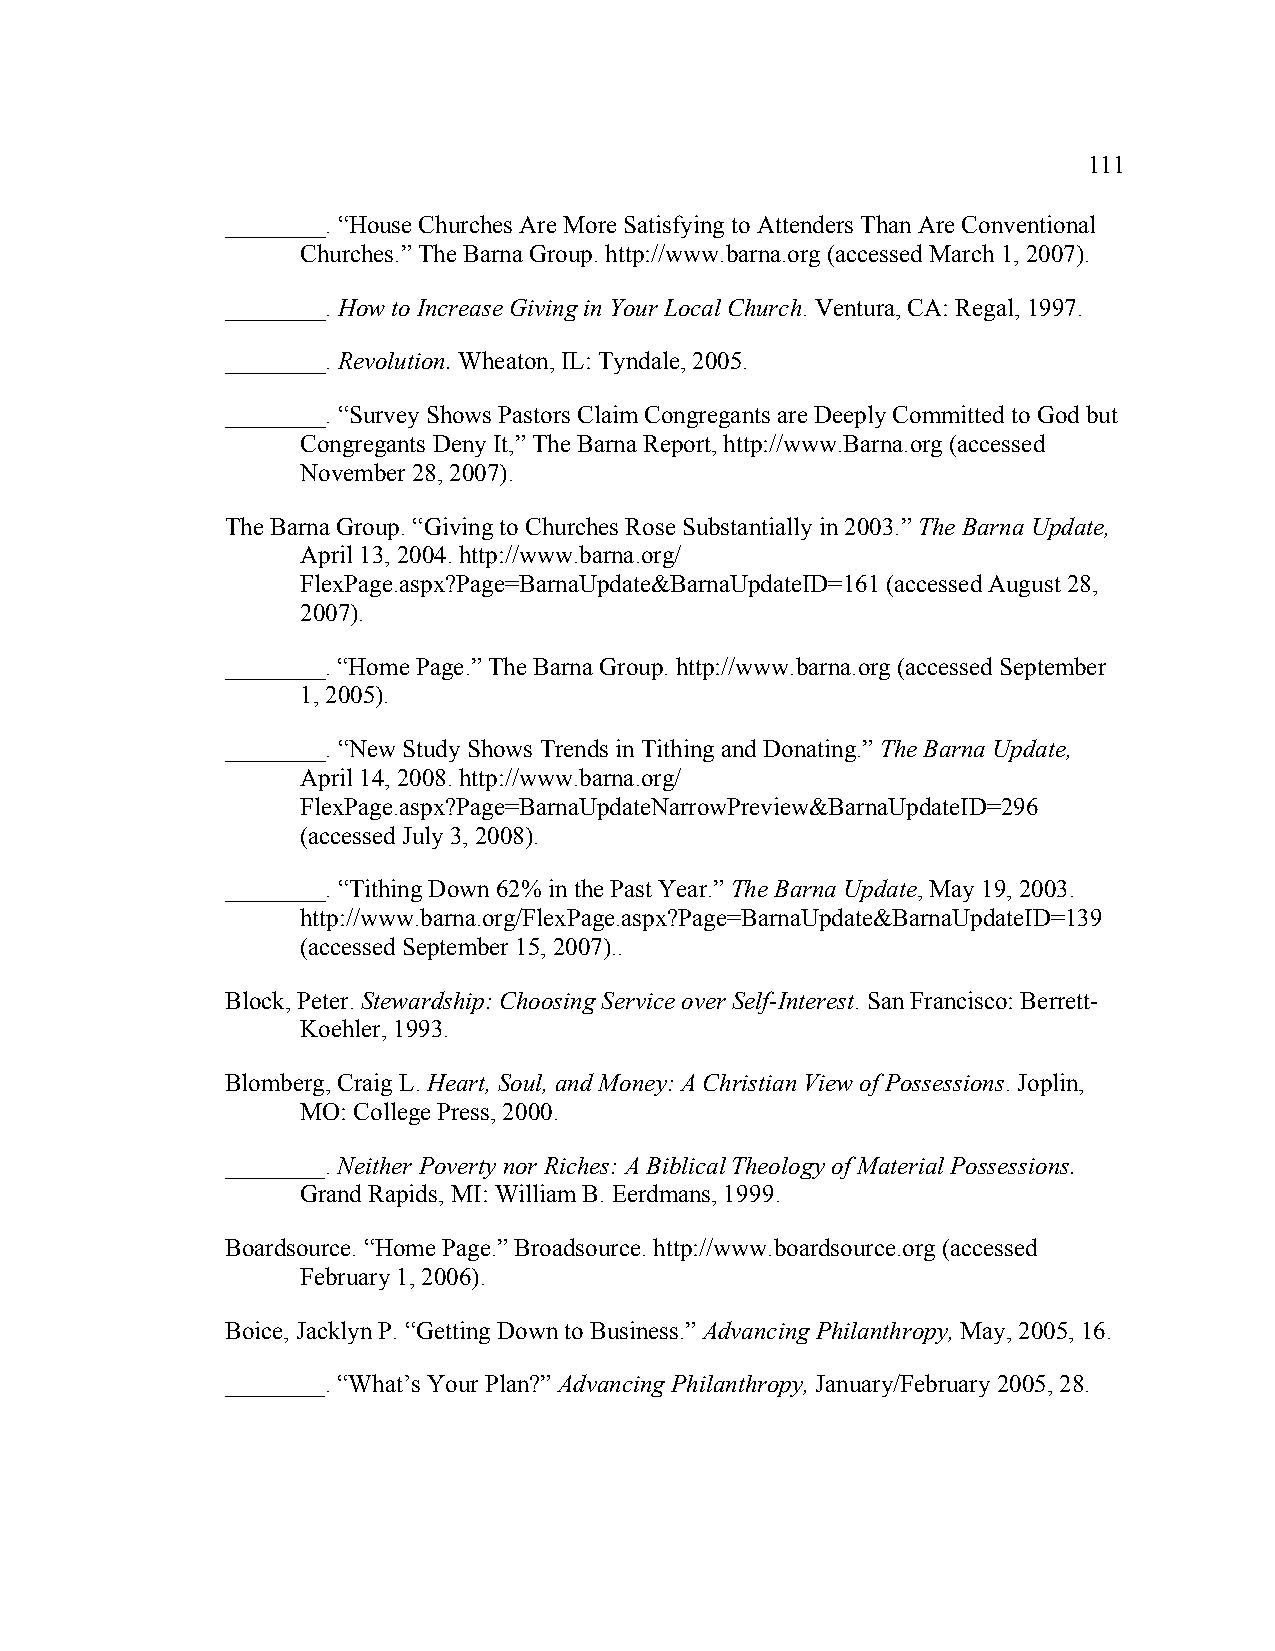
111
 ________. “House Churches Are More Satisfying to Attenders Than Are Conventional
 Churches.” The Barna Group. http://www.barna.org (accessed March 1, 2007).
 ________. How to Increase Giving in Your Local Church. Ventura, CA: Regal, 1997.
 ________. Revolution. Wheaton, IL: Tyndale, 2005.
 ________. “Survey Shows Pastors Claim Congregants are Deeply Committed to God but
 Congregants Deny It,” The Barna Report, http://www.Barna.org (accessed
 November 28, 2007).
 The Barna Group. “Giving to Churches Rose Substantially in 2003.” The Barna Update,
 April 13, 2004. http://www.barna.org/
 FlexPage.aspx?Page=BarnaUpdate&BarnaUpdateID=161 (accessed August 28,
 2007).
 ________. “Home Page.” The Barna Group. http://www.barna.org (accessed September
 1, 2005).
 ________. “New Study Shows Trends in Tithing and Donating.” The Barna Update,
 April 14, 2008. http://www.barna.org/
 FlexPage.aspx?Page=BarnaUpdateNarrowPreview&BarnaUpdateID=296
 (accessed July 3, 2008).
 ________. “Tithing Down 62% in the Past Year.” The Barna Update, May 19, 2003.
 http://www.barna.org/FlexPage.aspx?Page=BarnaUpdate&BarnaUpdateID=139
 (accessed September 15, 2007)..
 Block, Peter. Stewardship: Choosing Service over Self-Interest. San Francisco: Berrett-
 Koehler, 1993.
 Blomberg, Craig L. Heart, Soul, and Money: A Christian View of Possessions. Joplin,
 MO: College Press, 2000.
 ________. Neither Poverty nor Riches: A Biblical Theology of Material Possessions.
 Grand Rapids, MI: William B. Eerdmans, 1999.
 Boardsource. “Home Page.” Broadsource. http://www.boardsource.org (accessed
 February 1, 2006).
 Boice, Jacklyn P. “Getting Down to Business.” Advancing Philanthropy, May, 2005, 16.
 ________. “What’s Your Plan?” Advancing Philanthropy, January/February 2005, 28.